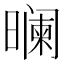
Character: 𬁘